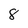
Character: 8